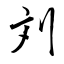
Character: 刘